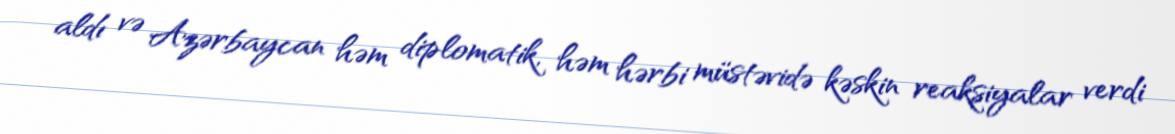
aldı və Azərbaycan həm diplomatik, həm hərbi müstəvidə kəskin reaksiyalar verdi